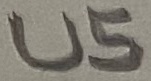
Text: U5